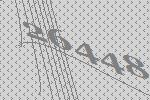
26448